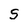
Character: S